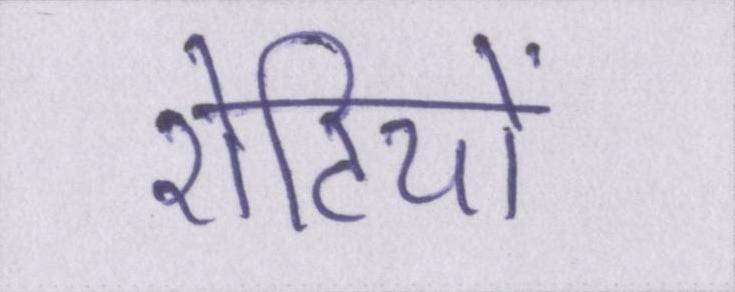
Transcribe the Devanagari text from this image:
रोटियों